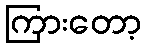
ကြားတော့